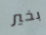
بخير